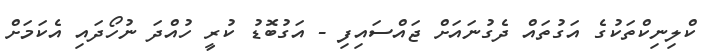
ކްލިނިކްތަކުގެ އަގުތައް ދެގުނައަށް ޖައްސައިފި - އަގުބޮޑު ކުރީ ހުއްދަ ނުހޯދައި އެކަމަށް